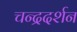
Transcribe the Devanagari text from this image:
चन्द्रदर्शन